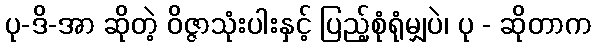
ပု-ဒိ-အာ ဆိုတဲ့ ဝိဇ္ဇာသုံးပါးနှင့် ပြည့်စုံရုံမျှပဲ၊ ပု - ဆိုတာက